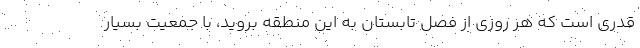
قدری است که هر روزی از فصل تابستان به این منطقه بروید، با جمعیت بسیار